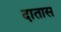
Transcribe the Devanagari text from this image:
दातास